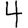
Digit: 4